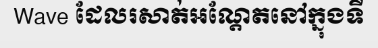
Wave ដែលរសាត់អណ្តែតនៅក្នុងទី